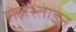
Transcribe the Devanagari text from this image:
रोज़ेंश्ताइन